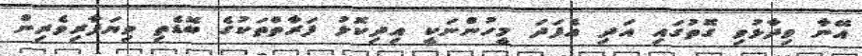
އޭނާ ވިދާޅުވި ގޮތުގައި އަދި އެފަދަ މީހުންނަކީ އިދިކޮޅު ފަރާތްތަކުގެ ބޮޑެތި ވިޔަފާރިވެރިން